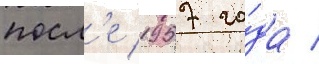
посл'е 1957 го́да /